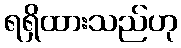
ရရှိထားသည်ဟု